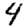
Digit: 4